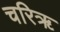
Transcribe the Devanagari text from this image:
चरिॠ